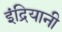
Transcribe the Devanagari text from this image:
इंद्रियानी